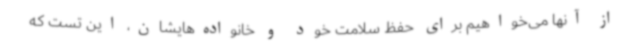
از آنها می‌خواهیم برای حفظ سلامت خود و خانواده‌هایشان، این تست که